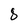
Character: 8